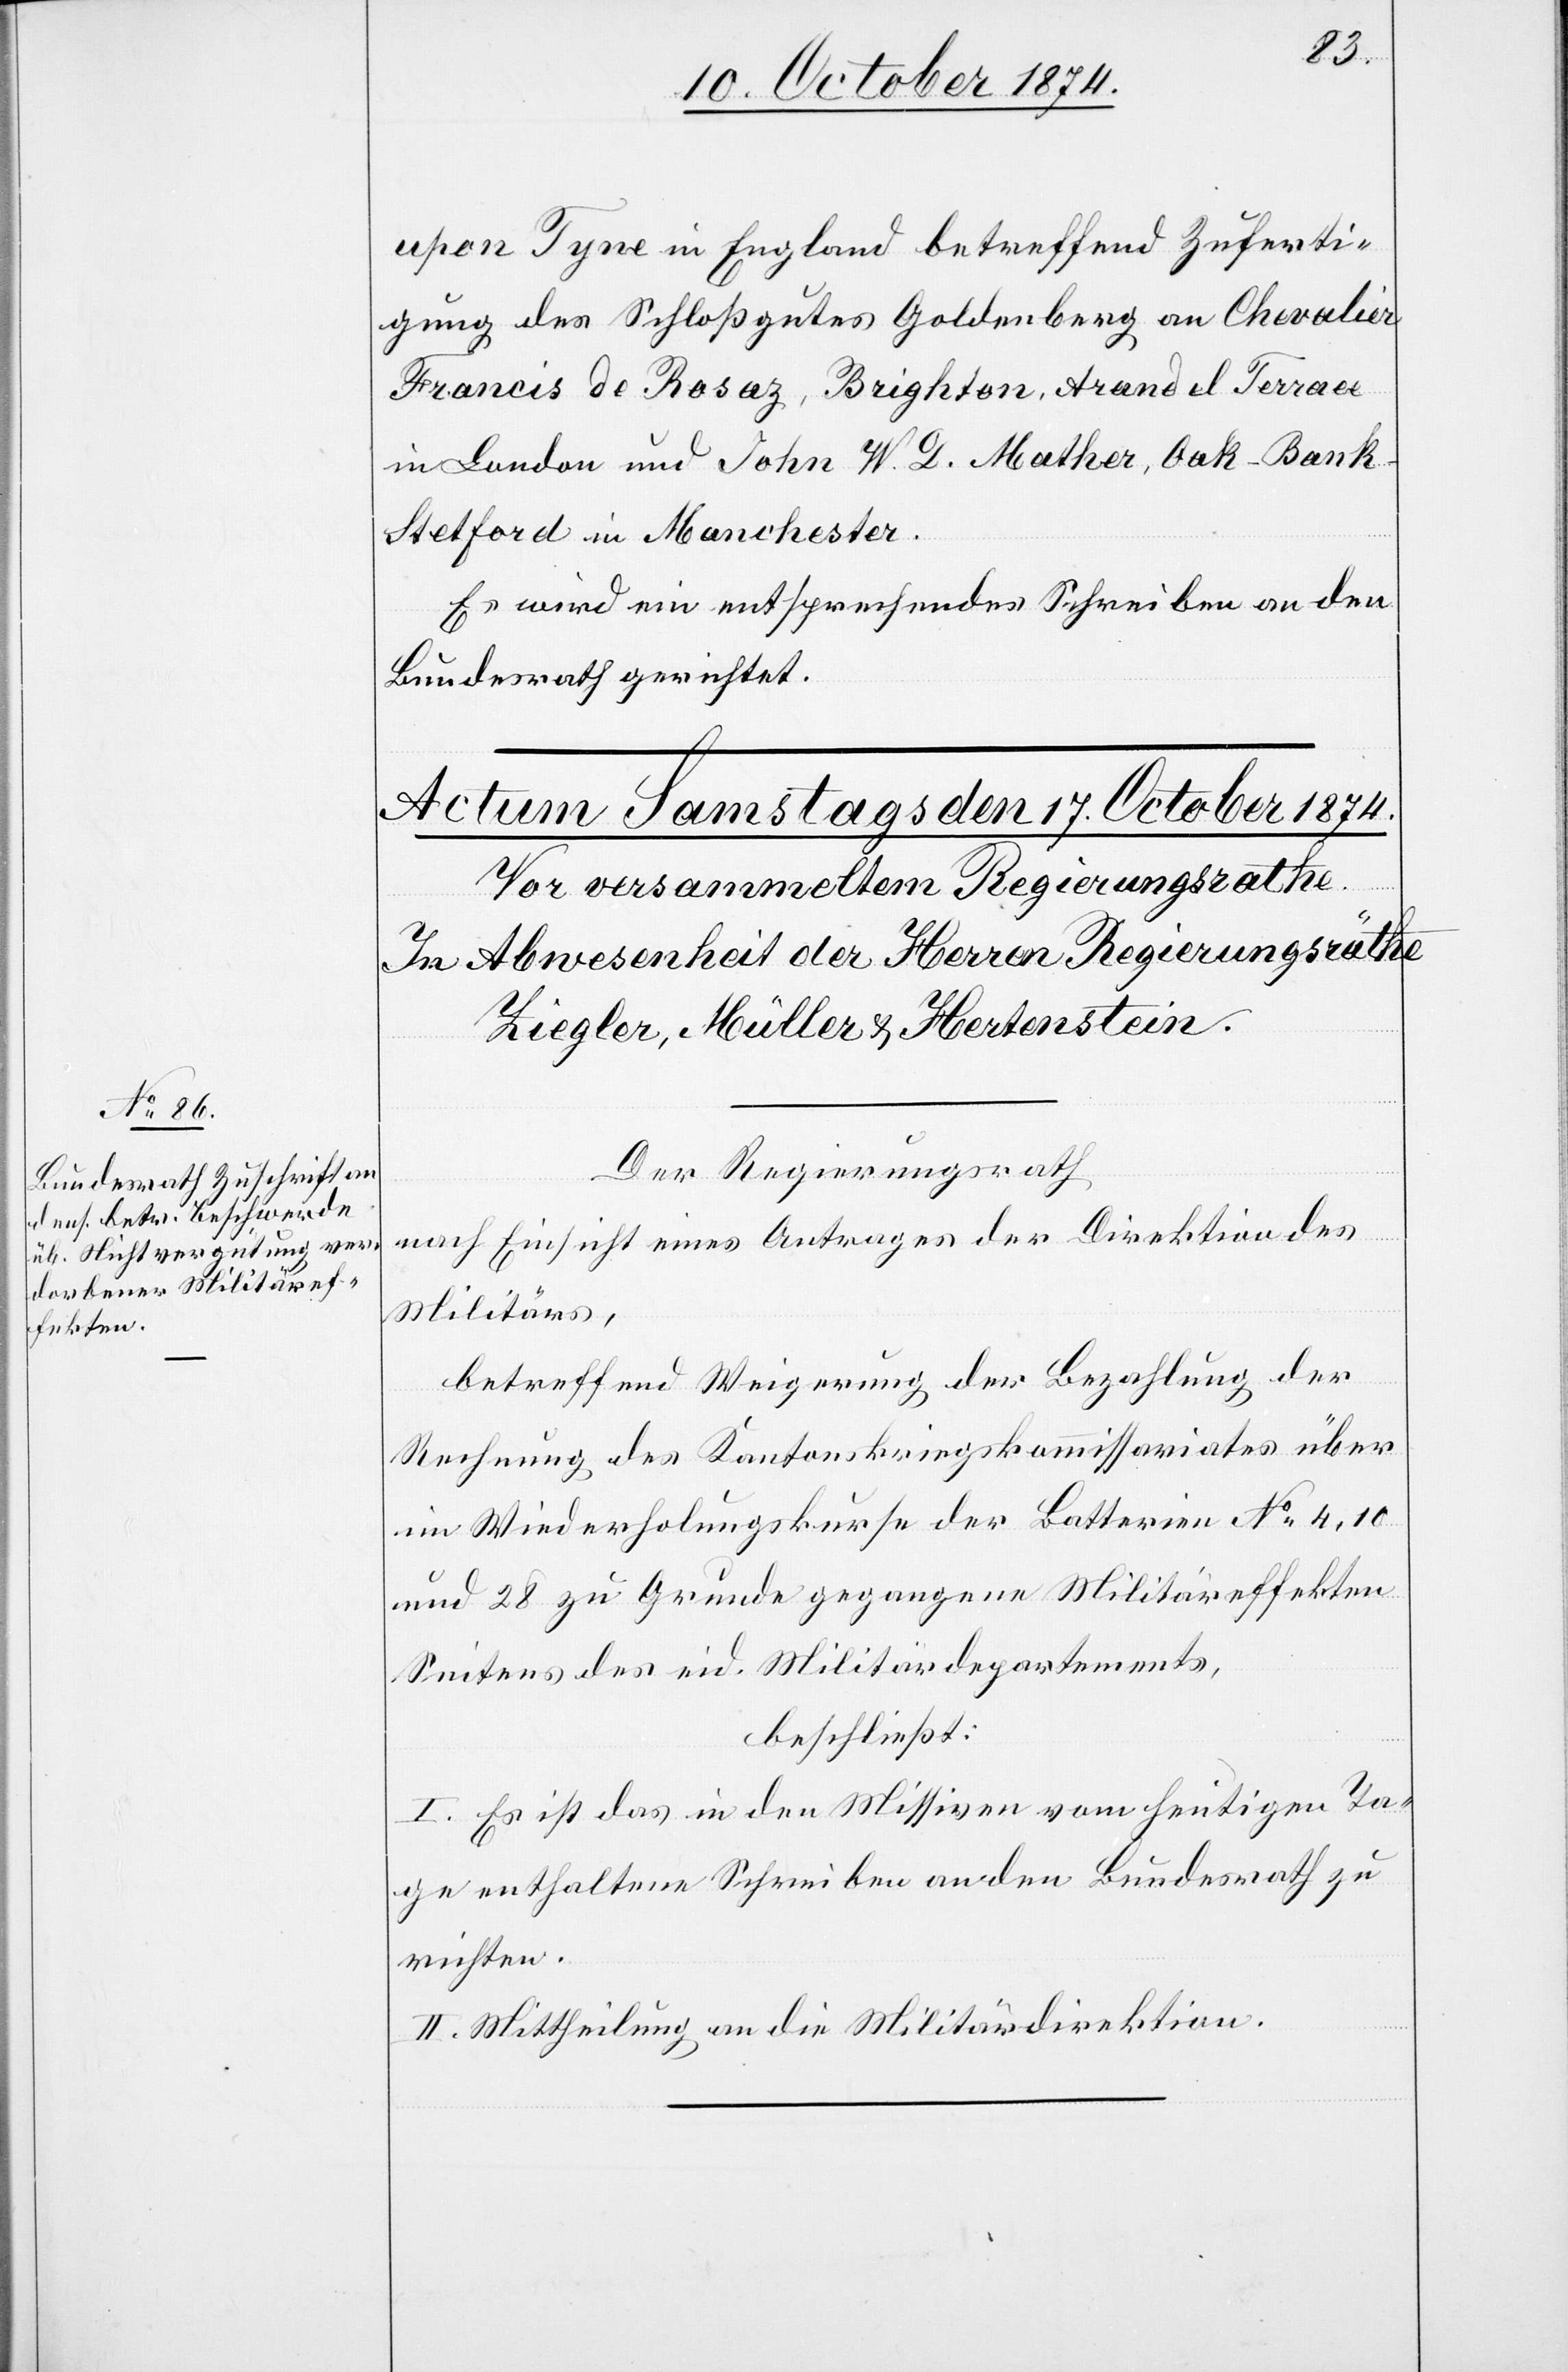
upon Tyre in England betreffend Zuferti¬
gung des Schloßgutes Goldenberg an Chevalier
Francis de Rosaz, Brighton, Arand el Terraee
in London und John W. D. Mather, Oak-Bank-S¬
tetford in Manchester.
Es wird ein entsprechendes Schreiben an den
Bundesrath gerichtet.
Der Regierungsrath
nach Einsicht eines Antrages der Direktion des
Militärs,
betreffend Weigerung der Bezahlung der
Rechnung des Kantonskriegskommissariates über
im Wiederholungskurse der Batterien No 4,10
und 28 zu Grunde gegangene Militäreffekten
Seitens des eid. Militärdepartements,
beschließt:
I. Es ist das in den Missiven vom heutigen Ta¬
ge enthaltene Schreiben an den Bundesrath zu
richten.
II. Mittheilung an die Militärdirektion.